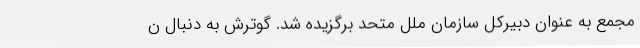
مجمع به عنوان دبیرکل سازمان ملل متحد برگزیده شد. گوترش به دنبال ن